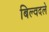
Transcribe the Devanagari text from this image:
बिल्वदले